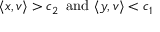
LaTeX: \langle x , v \rangle > c _ { 2 } \, { \mathrm { ~ a n d ~ } } \langle y , v \rangle < c _ { 1 }